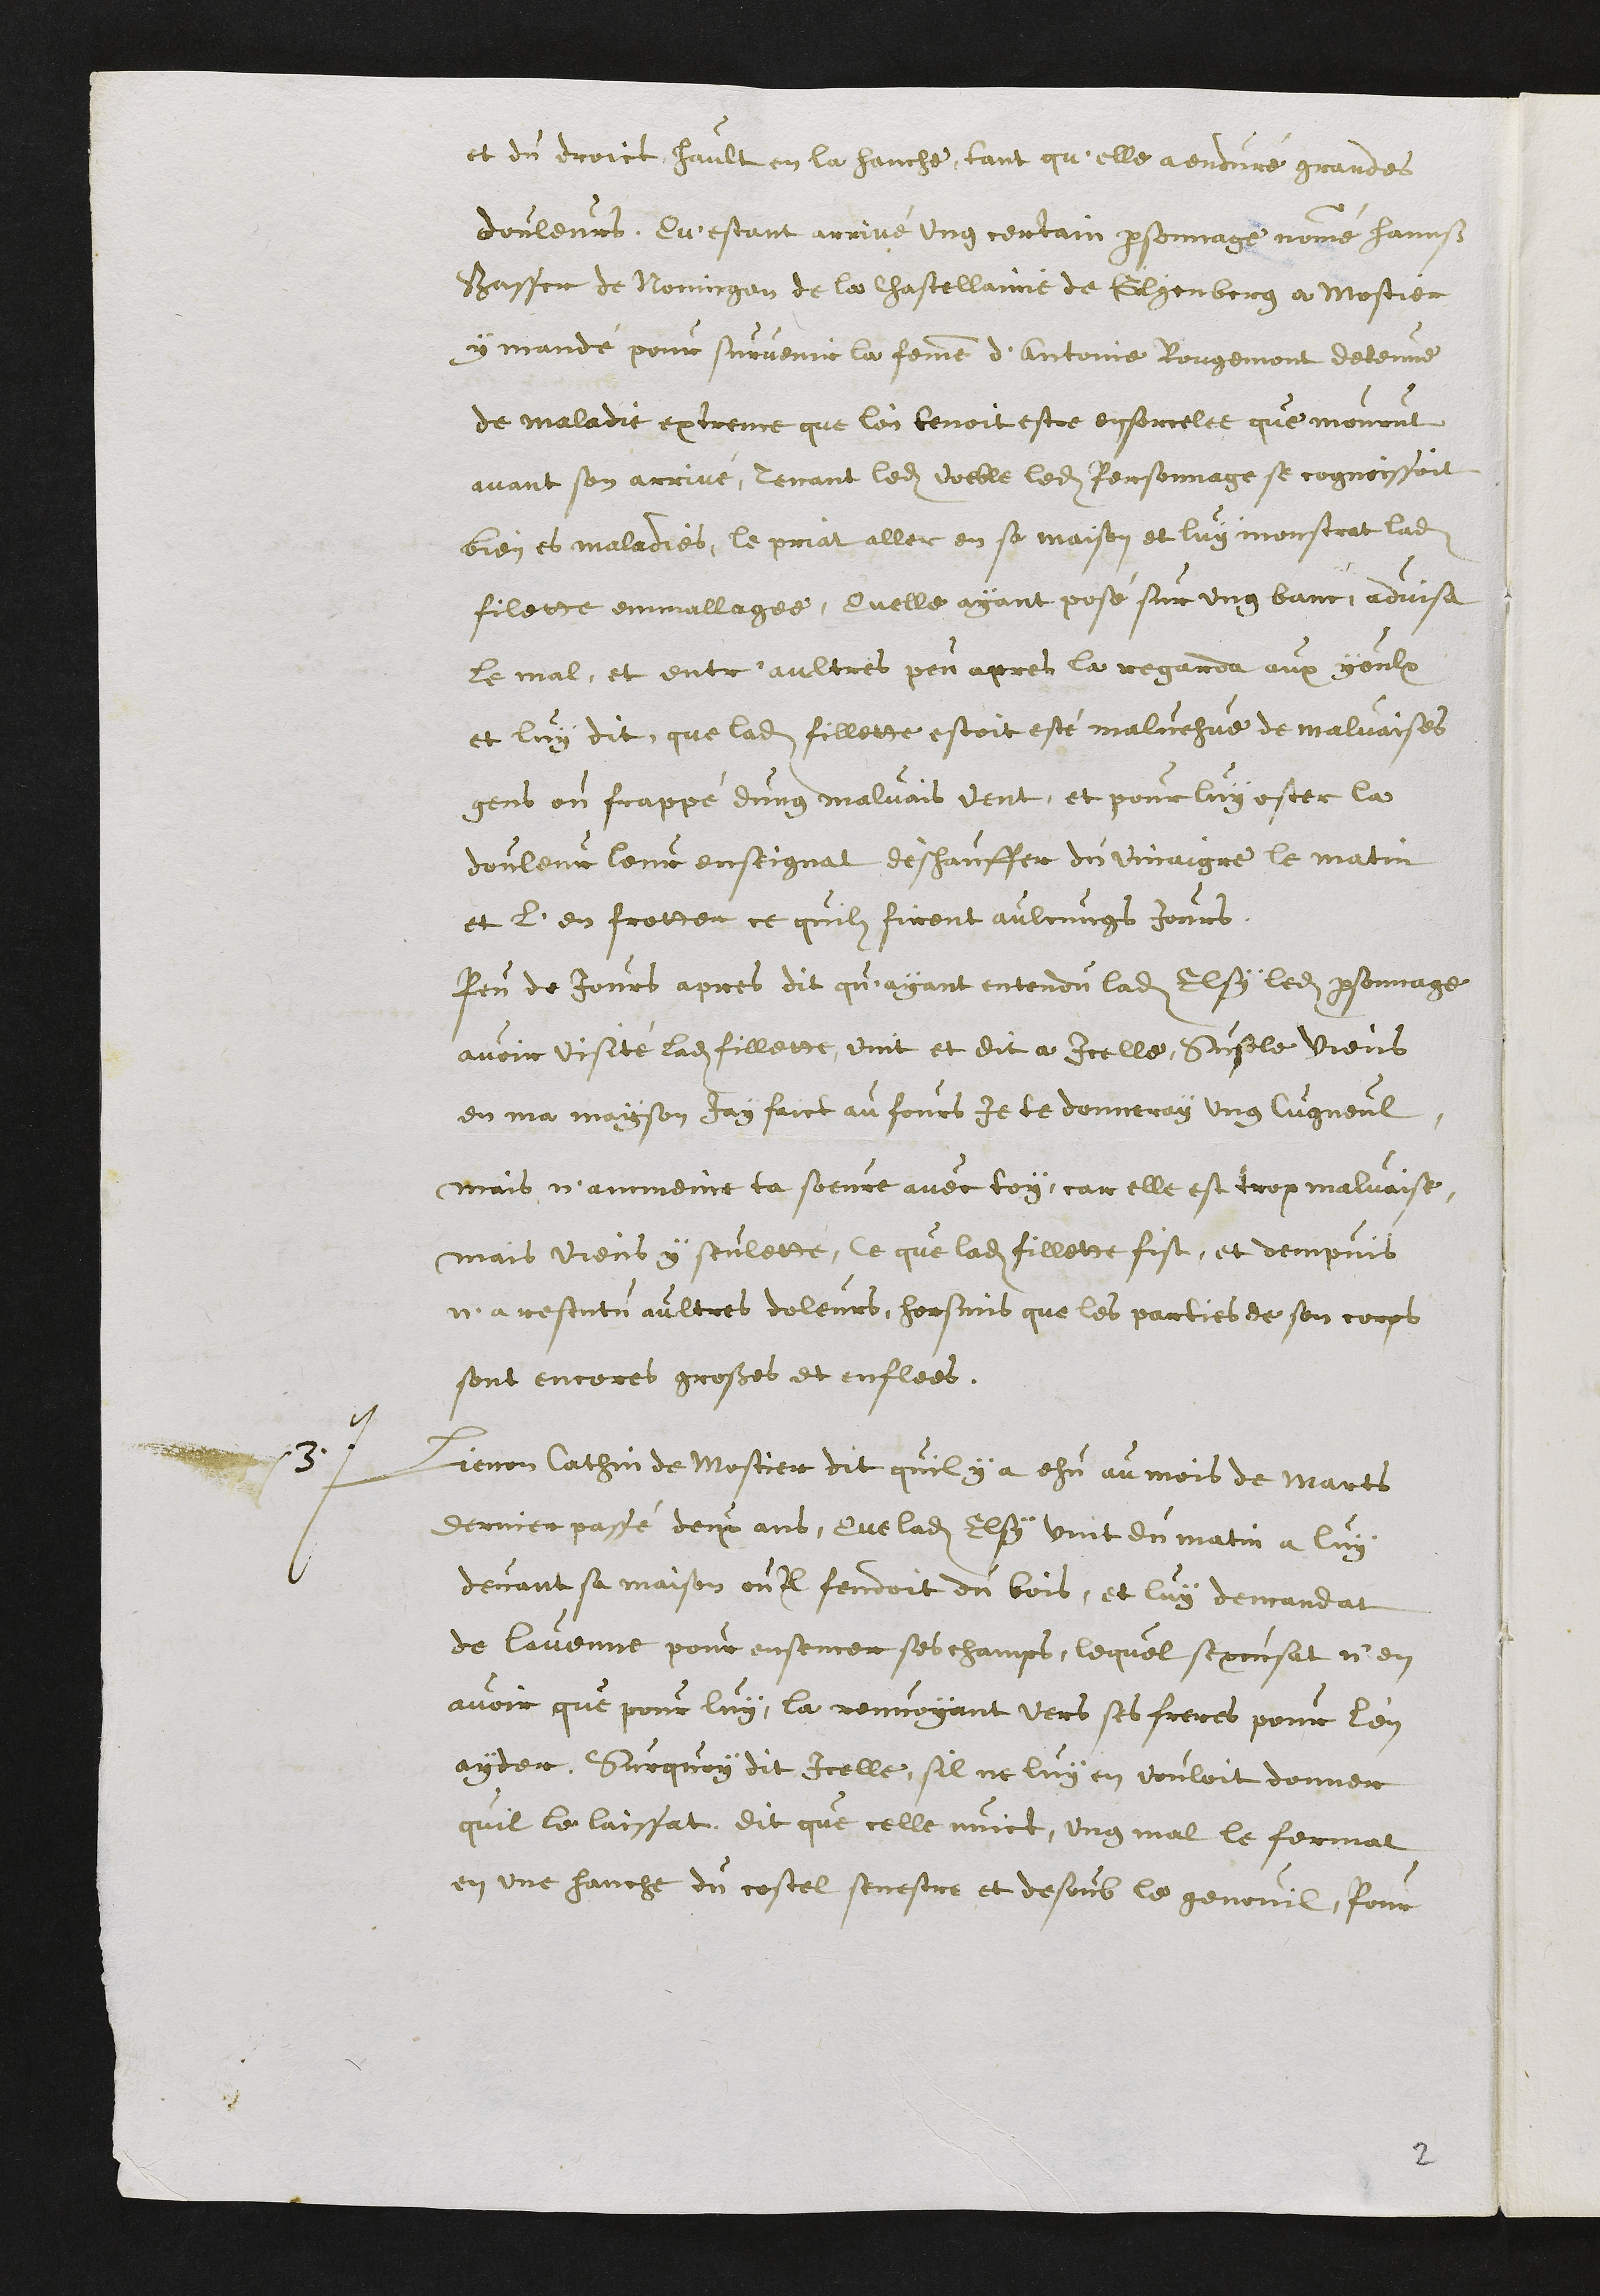
et du droict hault en la hanche, tant qu'elle a enduré grandes
douleurs. Qu'estant arrivé ung certain personnage, nommé Hannß
Gasser de Noningen de la Chastellainie de Gilgenberg a Mostier
y mandé pour survenir la femme d'Antoine Rougement detenue
de maladie extreme que l'on tenoit estre ensorcelee que mourut
avant son arrivé, Tenant ledit voeble ledit Personnage se cognoissoit
bien es maladies, le priat aller en sa maison et luy monstrat ladite
filette emmallagee, Quelle ayant posé sur ung banc, advisa
le mal, et entre aultres peu apres la regarda aux yeulx
et luy dit, que ladite fillette estoit esté malvehue de malvaises
gens ou frappé dung malvais vent, et pour luy oster la
douleur leur enseignat deschauffer du vinaigre le matin
et l'en frotter ce quilz firent aulcungs jours.
Peu de jours apres dit qu'ayant entendu ladite Elsy ledit personnage
avoir visité ladite fillette, vint et dit a icelle, Susele viens
en ma mayson Jay faict au fours Je te donneray ung Cugneul
mais n'ammeine ta soeure avec toy, car elle est trop malvaise,
mais viens y seulette, ce que ladite fillette fist, et dempuis
n'a resentu aultres doleurs, hormis que les parties de son corps
sont encores grosses et enflees.
3
Lienon Cathin de Mostier dit quil y a ehu au mois de Marts
dernier passé deux ans, Que ladite Elsy vint du matin a luy
devant sa maison ou Il fendoit du bois, et luy demandat
de lavenne pour ensemer ses champs, lequel sexcusat n'en
avoir que pour luy, la renvoyant vers ses freres pour l'en
ayder, Surquoy dit icelle, sil ne luy en vouloit donner
quil le laissat, dit que celle nuict, ung mal le fermat
en une hanche du costel senestre et desoub le genouil pour

2